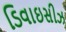
ડિવાઇસીઝ